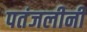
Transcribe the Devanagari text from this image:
पतंजलीनी